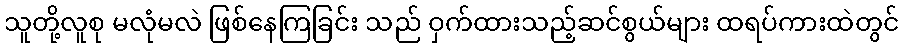
သူတို့လူစု မလုံမလဲ ဖြစ်နေကြခြင်း သည် ဝှက်ထားသည့်ဆင်စွယ်များ ထရပ်ကားထဲတွင်